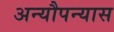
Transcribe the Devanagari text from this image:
अन्यौपन्यास